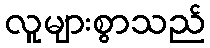
လူများစွာသည်